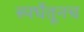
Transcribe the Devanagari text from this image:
स्पर्धेतूनच